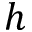
h